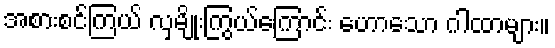
အစားစင်ကြယ် လှမျိုးကြွယ်ကြောင်း ဟောသော ဂါထာများ။